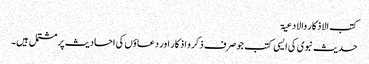
کتب الاذکار والادعیۃ
حدیث نبوی کی ایسی کتب جو صرف ذکر و اذکار اور دعاؤں کی احادیث پر مشتمل ہیں۔